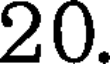
20.